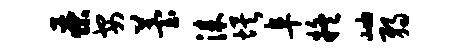
茶安苔漆埃阜疑岫弱